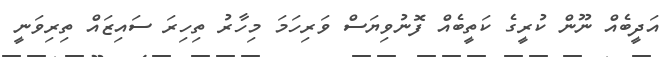
އަދީބެއް ނޫން ކުރީގެ ކަތީބެއް ފޮނުވިޔަސް ވަރިހަމަ މިހާރު ތިހިރަ ސައިޒައް ތިރިވަނީ